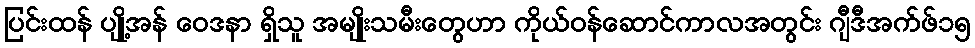
ပြင်းထန် ပျို့အန် ဝေဒနာ ရှိသူ အမျိုးသမီးတွေဟာ ကိုယ်ဝန်ဆောင်ကာလအတွင်း ဂျီဒီအက်ဖ်၁၅